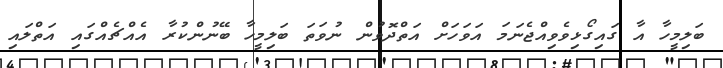
ބަލިމީހާ އާ ގައިގޯޅިވެވިއްޖެނަމަ އަވަހަށް އަތްދޮވުން ނުވަތަ ބަލިމީހާ ބޭނުންކުރާ އެއްޗެއްގައި އަތްލައި